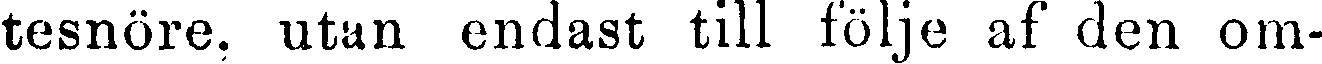
tesnöre, utan endast till följe af den om-